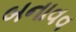
બનાવવ